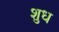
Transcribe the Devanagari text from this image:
शुध